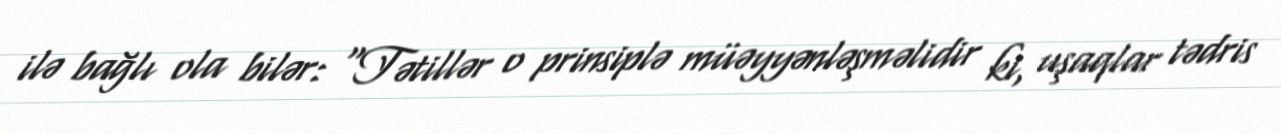
ilə bağlı ola bilər: “Tətillər o prinsiplə müəyyənləşməlidir ki, uşaqlar tədris